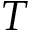
T